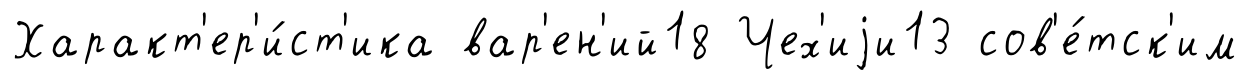
Характ'ер'и́ст'ика вар'ен'ий18 Чех'иjи13 сов'е́тск'им